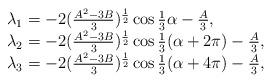
LaTeX: \begin{align*}\begin{array}{l}\lambda_{1}=-2(\frac{A^{2}-3B}{3})^{\frac{1}{2}}\cos\frac{1}{3}\alpha-\frac{A}{3},\\\lambda_{2}=-2(\frac{A^{2}-3B}{3})^{\frac{1}{2}}\cos\frac{1}{3}(\alpha+2\pi)-\frac{A}{3},\\\lambda_{3}=-2(\frac{A^{2}-3B}{3})^{\frac{1}{2}}\cos\frac{1}{3}(\alpha+4\pi)-\frac{A}{3},\\\end{array}\end{align*}